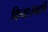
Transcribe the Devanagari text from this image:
किया।महर्षि